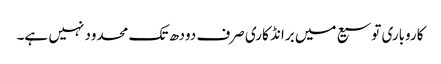
کاروباری توسیع میں برانڈ کاری صرف دودھ تک محدود نہیں ہے۔